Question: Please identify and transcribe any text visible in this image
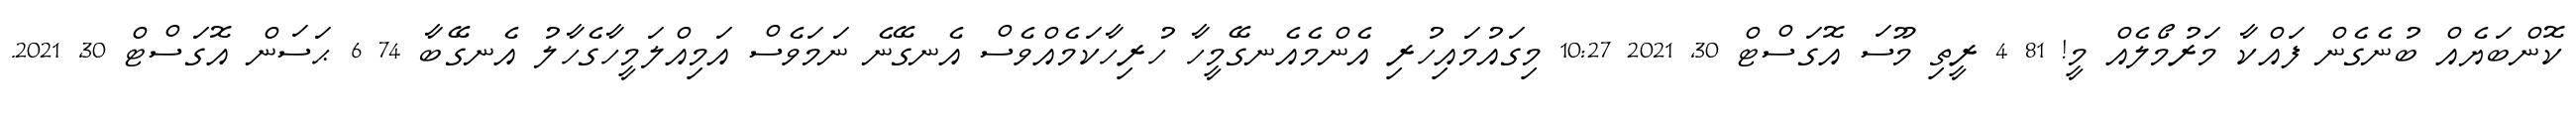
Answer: ކޮންބަޔެއް ބުނެގެން ފައްކާ މަރުމޯލެއް މީ! 81 4 ރީތި މޫސަ އޮގަސްޓް 30, 2021 10:27 މިގައުމައިހުރި އެންމެއެނގޭމީހާ ހުރިހާކަމެއްވެސް އެނގޭނެ ނަމަވެސް އަމިއްލަމީހާގެހާލު އެނގޭބާ 74 6 ޙަސަން އޮގަސްޓް 30, 2021.